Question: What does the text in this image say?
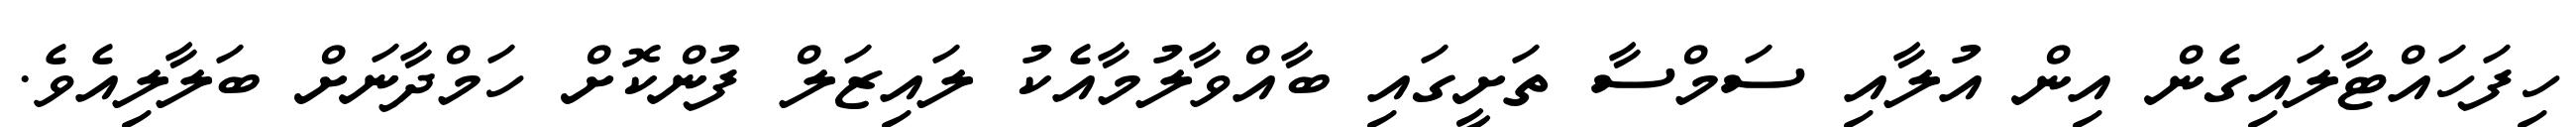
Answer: ހިފަހައްޓާލައިގެން އިން އުލާއި ސަމްސާ ތަށީގައި ބާއްވާލުމާއެކު ލައިޒަލް ފުންކޮށް ހަމްދާނަށް ބަލާލިއެވެ.